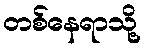
တစ်နေရာသို့